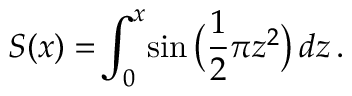
S ( x ) = \! \int _ { 0 } ^ { x } \! \sin { \big ( } { \frac { 1 } { 2 } } \pi z ^ { 2 } { \big ) } \, d z \, .